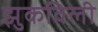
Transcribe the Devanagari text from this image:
झुकविली